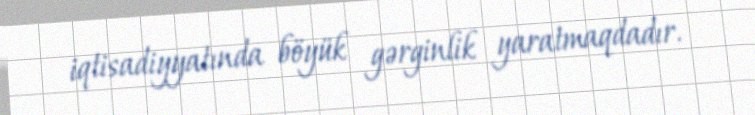
iqtisadiyyatında böyük gərginlik yaratmaqdadır.